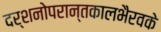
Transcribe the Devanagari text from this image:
दर्शनोपरान्तकालभैरवके